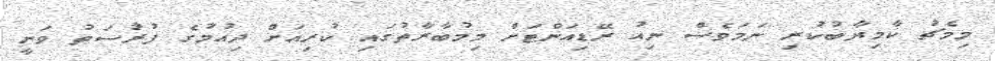
މިމެޗު ކާމިޔާބުކުރި ނަމަވެސް ނިއު ރޭޑިއަންޓަށް މިމުބާރާތުގައި ކުރިއަށް ދިއުމުގެ ފުރުސަތު ވަނީ